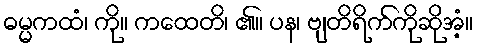
ဓမ္မကထံ၊ ကို။ ကထေတိ၊ ၏။ ပန၊ ဗျတိရိက်ကိုဆိုအံ့။